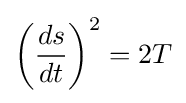
\left({\frac {ds}{dt}}\right)^{2}=2T